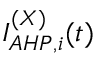
I _ { A H P , i } ^ { ( X ) } ( t )